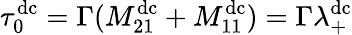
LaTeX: \tau_{0}^{\mathrm{dc}}=\Gamma(M_{21}^{\mathrm{dc}}+M_{11}^{\mathrm{dc}})=\Gamma\lambda_{+}^{\mathrm{dc}}